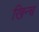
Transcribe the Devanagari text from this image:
खिन्च